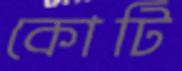
কোটি